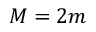
M = 2 m